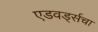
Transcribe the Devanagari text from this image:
एडवर्ड्सचा